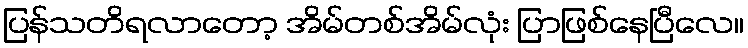
ပြန်သတိရလာတော့ အိမ်တစ်အိမ်လုံး ပြာဖြစ်နေပြီလေ။